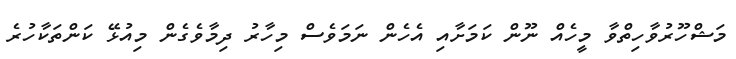
މަޝްހޫރުވާހިތްވާ މީހެއް ނޫން ކަމަށާއި އެހެން ނަމަވެސް މިހާރު ދިމާވެގެން މިއުޅޭ ކަންތަކާހުރެ